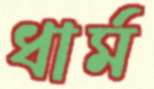
ধার্ম